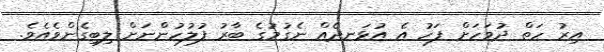
އިރު ހަތް ދުވަހަށް ފަހު އެ އުޅަނދެއް ނެގުމުގެ ބާރު ފުލުހުންނަށް ލިބިގެންވެއެވެ.